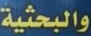
والبحثية